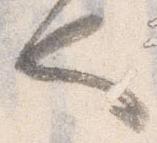
也